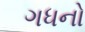
ગધનો